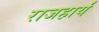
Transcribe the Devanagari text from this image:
राजहार्यं